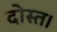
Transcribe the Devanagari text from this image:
दोस्त।